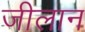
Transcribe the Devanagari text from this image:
जीलान